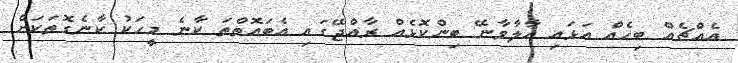
އެއްޗެއް ބިހެއް އަޅައި އާލާވާނޭ ބިންކޮޅެއް ރާއްޖޭގައި އެބައޮތްތަ ކާނެ މީހަކު ކާނެގޮތަކަށް